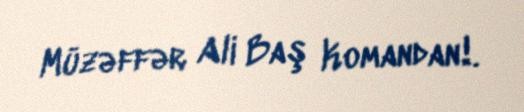
Müzəffər Ali Baş Komandan!.